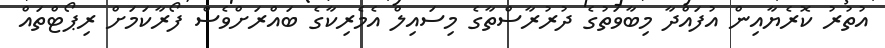
އުތުރު ކޮރެޔާއިން އުފައްދާ މިބާވަތުގެ ދުރުރާސްތާގެ މިސައިލް އެމެރިކާގެ ބައްރަށްވެސް ފޯރާކަމަށް ރިޕޯޓްތައް